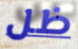
ظل